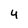
Character: 4